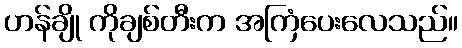
ဟန်ချို ကိုချစ်တီးက အကြံပေးလေသည်။